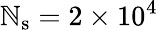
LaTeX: \mathbb{N}_{\mathrm{{s}}}=2\times10^{4}